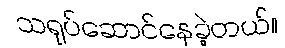
သရုပ်ဆောင်နေခဲ့တယ်။